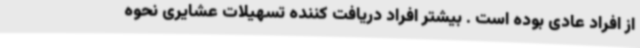
از افراد عادی بوده است . بیشتر افراد دریافت کننده تسهیلات عشایری نحوه